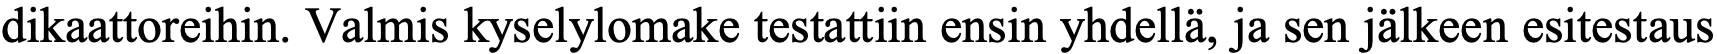
dikaattoreihin. Valmis kyselylomake testattiin ensin yhdellä, ja sen jälkeen esitestaus